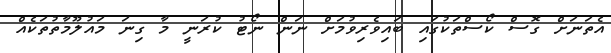
އެތަނަށް ގޮސް ކޯސްތަކުގައި ބައިވެރިވުމަށް ނަން ނޯޓު ކުރަނީ މާ ގިނަ މައުލޫމާތުތަކެއް